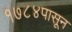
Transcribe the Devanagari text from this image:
१७८४पासून